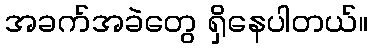
အခက်အခဲတွေ ရှိနေပါတယ်။